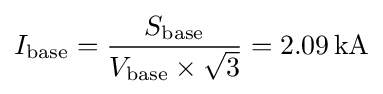
I_{\text{base}}={\frac {S_{\text{base}}}{V_{\text{base}}\times {\sqrt {3}}}}=2.09\,\mathrm {kA}